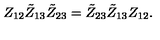
Z _ { 1 2 } \tilde { Z } _ { 1 3 } \tilde { Z } _ { 2 3 } = \tilde { Z } _ { 2 3 } \tilde { Z } _ { 1 3 } Z _ { 1 2 } .